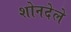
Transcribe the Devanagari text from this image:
शोनदेले